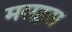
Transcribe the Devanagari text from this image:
मसहूस